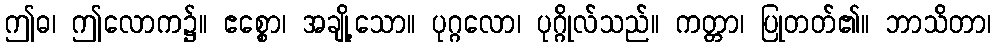
ဤဓ၊ ဤလောက၌။ ဧစ္စော၊ အချို့သော။ ပုဂ္ဂလော၊ ပုဂ္ဂိုလ်သည်။ ကတ္တာ၊ ပြုတတ်၏။ ဘာသိတာ၊